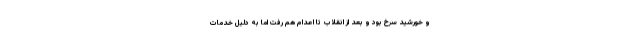
و خورشید سرخ بود و بعد از انقلاب تا اعدام هم رفت اما به دلیل خدمات